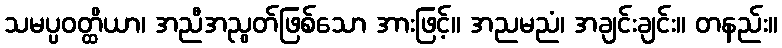
သမပ္ပဝတ္ထိယာ၊ အညီအညွတ်ဖြစ်သော အားဖြင့်။ အညမညံ၊ အချင်းချင်း။ တနည်း။